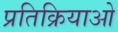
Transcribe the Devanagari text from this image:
प्रतिक्रियाओ